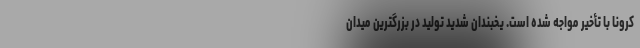
کرونا با تأخیر مواجه شده است. یخبندان شدید تولید در بزرگترین میدان